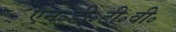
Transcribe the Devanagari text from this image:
एन॰डी॰टी॰वी॰